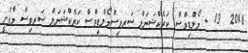
2016  13 - މޯލްޑިވްސް ކަރެކްޝަނަލް ސަރވިސްމޯލްޑިވްސް ކަރެކްޝަނަލް ސަރވިސް މާފުށީ